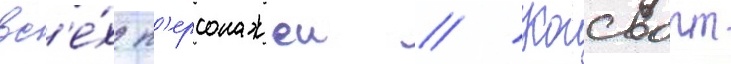
вс'е́х п'ерсонажеи // Когсворт